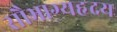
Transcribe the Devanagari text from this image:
सौभाग्यहृदय